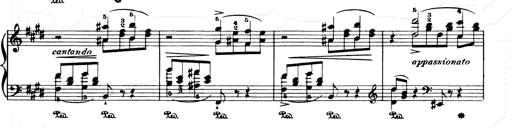
Title: Consolations and LiebestrÃ¤ume for the Piano
Composer: Franz Liszt